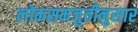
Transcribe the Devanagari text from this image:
लोकसमजुतीनुसार